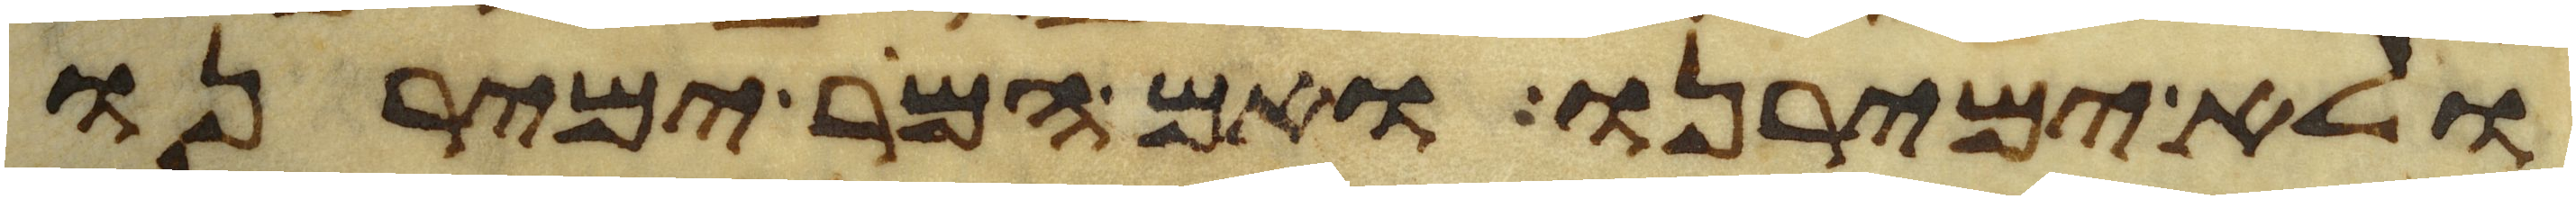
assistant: ולא ימירנו ואם המר ימירנו